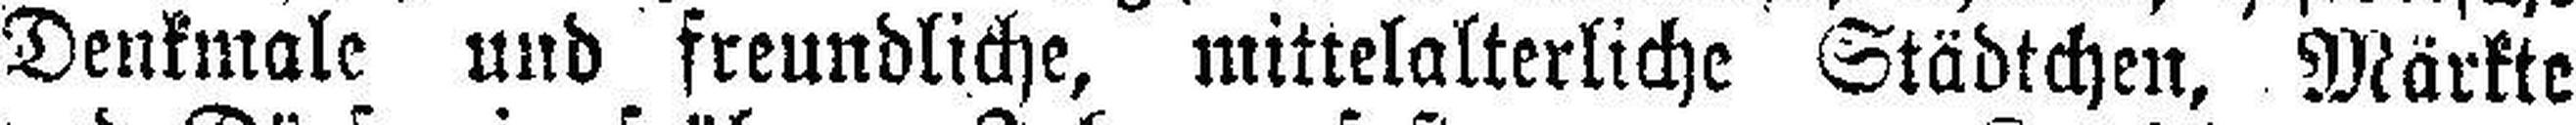
Denkmale und freundliche, mittelalterliche Städtchen, Märkte